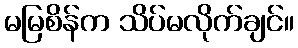
မမြစိန်က သိပ်မလိုက်ချင်။